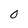
Character: 0